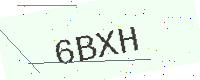
Text: 6BXH